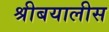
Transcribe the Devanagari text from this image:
श्रीबयालीस